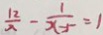
\frac { 1 2 } { x } - \frac { 1 } { x - 5 } = 1